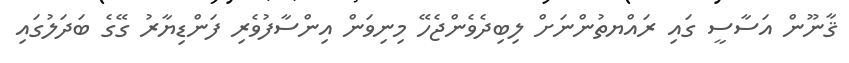
ޤާނޫން އަސާސީ ގައި ރައްޔތުންނަށް ލިބިދެވެންޖެހޭ މިނިވަން އިންސާފުވެރި ފަންޑިޔާރު ގޭގެ ބަދަލުގައި